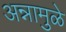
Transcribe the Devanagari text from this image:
अन्नामुळे